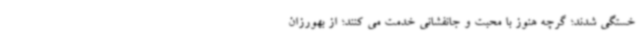
خستگی شدند؛ گرچه هنوز با محبت و جانفشانی خدمت می کنند؛ از بهورزان